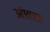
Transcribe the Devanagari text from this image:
आंधारत